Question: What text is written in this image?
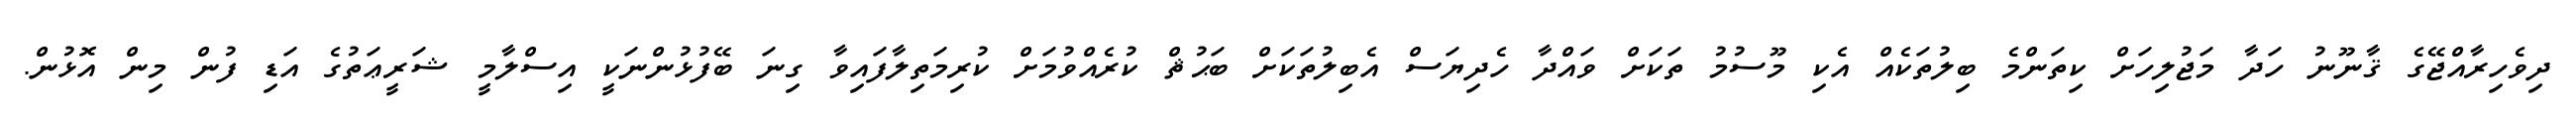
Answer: ދިވެހިރާއްޖޭގެ ޤާނޫނު ހަދާ މަޖުލިހަށް ކިތަންމެ ބިލުތަކެއް އެކި މޫސުމު ތަކަށް ވައްދާ ހެދިޔަސް އެބިލުތަކަށް ބަޙުޘް ކުރެއްވުމަށް ކުރިމަތިލާފައިވާ ގިނަ ބޭފުޅުންނަކީ އިސްލާމީ ޝަރީޢަތުގެ އަޑި ފުން މިން އޮޅުން.